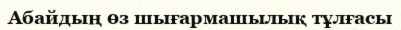
Абайдың өз шығармашылық тұлғасы